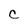
Character: C